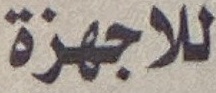
للاجهزە